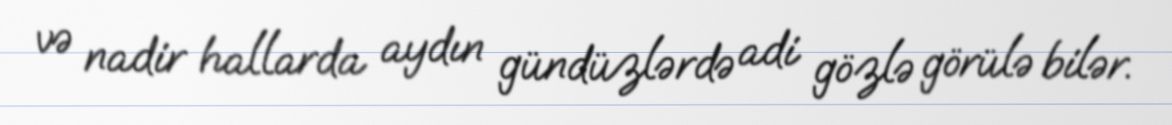
və nadir hallarda aydın gündüzlərdə adi gözlə görülə bilər.